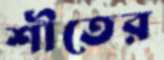
শীতের